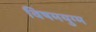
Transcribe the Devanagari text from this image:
विषमयुग्म